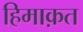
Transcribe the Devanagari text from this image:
हिमाक़त